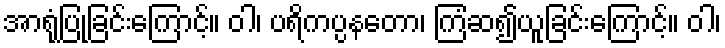
အာရုံပြုခြင်းကြောင့်။ ဝါ၊ ပရိကပ္ပနတော၊ ကြံဆ၍ယူခြင်းကြောင့်။ ဝါ၊